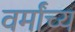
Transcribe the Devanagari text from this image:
वर्मांच्य